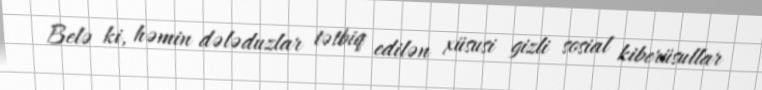
Belə ki, həmin dələduzlar tətbiq edilən xüsusi gizli sosial kiberüsullar